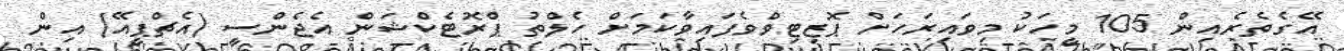
އޭގެތެރެއިން 105 މީހަކު މިވައިރަހަށް ޕޮޒިޓިވްވެފައިވާކަމަށް ހެލްތު ޕްރޮޓެކްޝަން އެޖެންސީ (އެޗްޕީއޭ) އިން